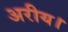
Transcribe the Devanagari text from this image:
अरीय।